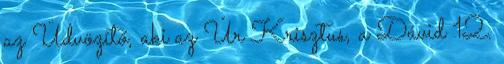
az Üdvözítő, aki az Úr Krisztus, a Dávid 12.